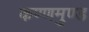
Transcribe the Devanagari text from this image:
कण्णमुण्ड